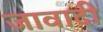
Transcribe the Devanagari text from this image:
जावादी